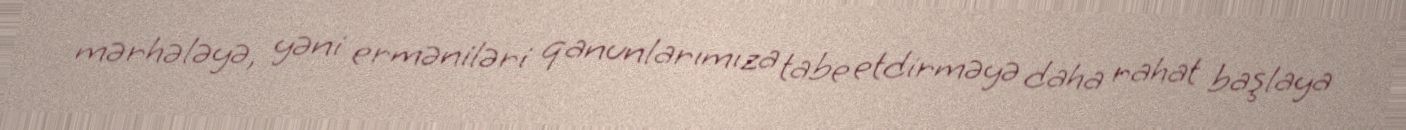
mərhələyə, yəni erməniləri qanunlarımıza tabe etdirməyə daha rahat başlaya